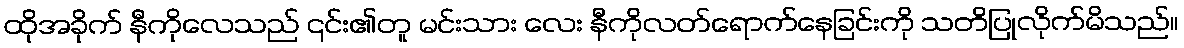
ထိုအခိုက် နီကိုလေသည် ၎င်း၏တူ မင်းသား လေး နီကိုလတ်ရောက်နေခြင်းကို သတိပြုလိုက်မိသည်။